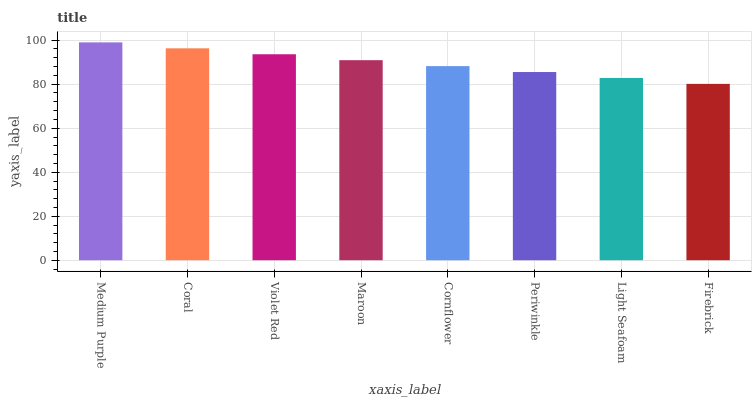
| xaxis_label | bars |
 | --- | --- |
 | Medium Purple | 99 |
 | Coral | 96.3 |
 | Violet Red | 93.6 |
 | Maroon | 90.9 |
 | Cornflower | 88.2 |
 | Periwinkle | 85.5 |
 | Light Seafoam | 82.8 |
 | Firebrick | 80.1 |